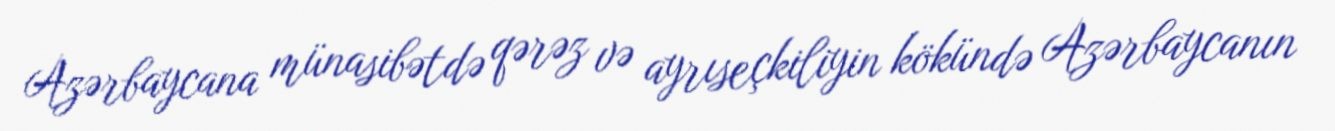
Azərbaycana münasibətdə qərəz və ayrıseçkiliyin kökündə Azərbaycanın